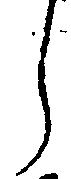
し